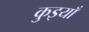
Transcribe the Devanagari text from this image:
कुइयाँ